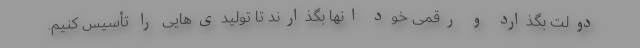
دولت بگذارد و رقمی خود انها بگذارند تا تولیدی‌هایی را تأسیس کنیم.